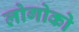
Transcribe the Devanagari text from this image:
लोगोको